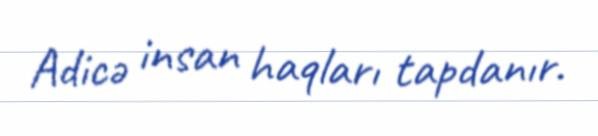
Adicə insan haqları tapdanır.